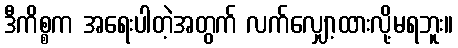
ဒီကိစ္စက အရေးပါတဲ့အတွက် လက်လျှော့ထားလို့မရဘူး။